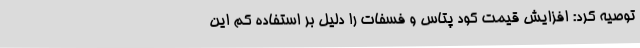
توصیه کرد: افزایش قیمت کود پتاس و فسفات را دلیل بر استفاده کم این